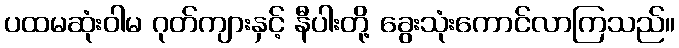
ပထမဆုံးဝါမ ဂုတ်ကျားနှင့် နီပါးတို့ ခွေးသုံးကောင်လာကြသည်။